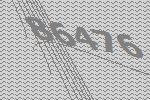
86476